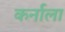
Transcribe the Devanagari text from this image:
कर्नाला